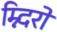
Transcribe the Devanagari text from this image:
म्न्दिरों